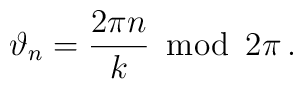
\vartheta _{n}=\frac{2\pi n}{k}\: \bmod \: 2\pi \, .